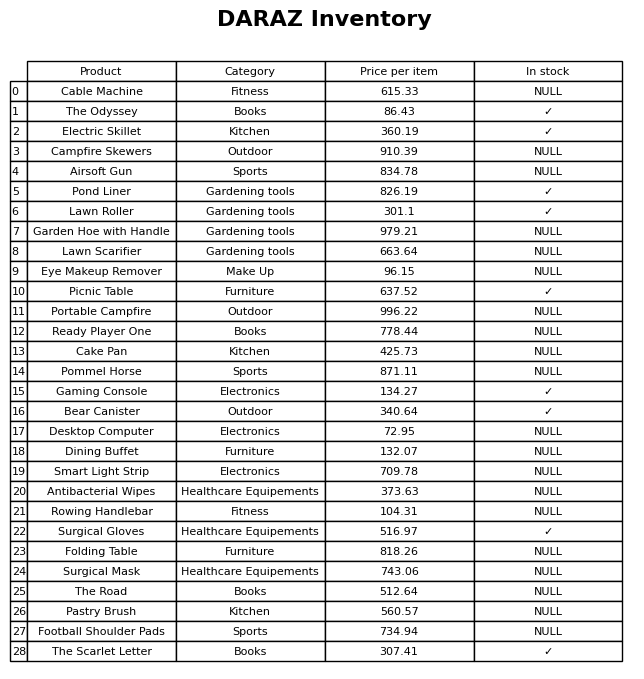
question: What is the price for Airsoft Gun?
answer: The price of Airsoft Gun is 834.78.